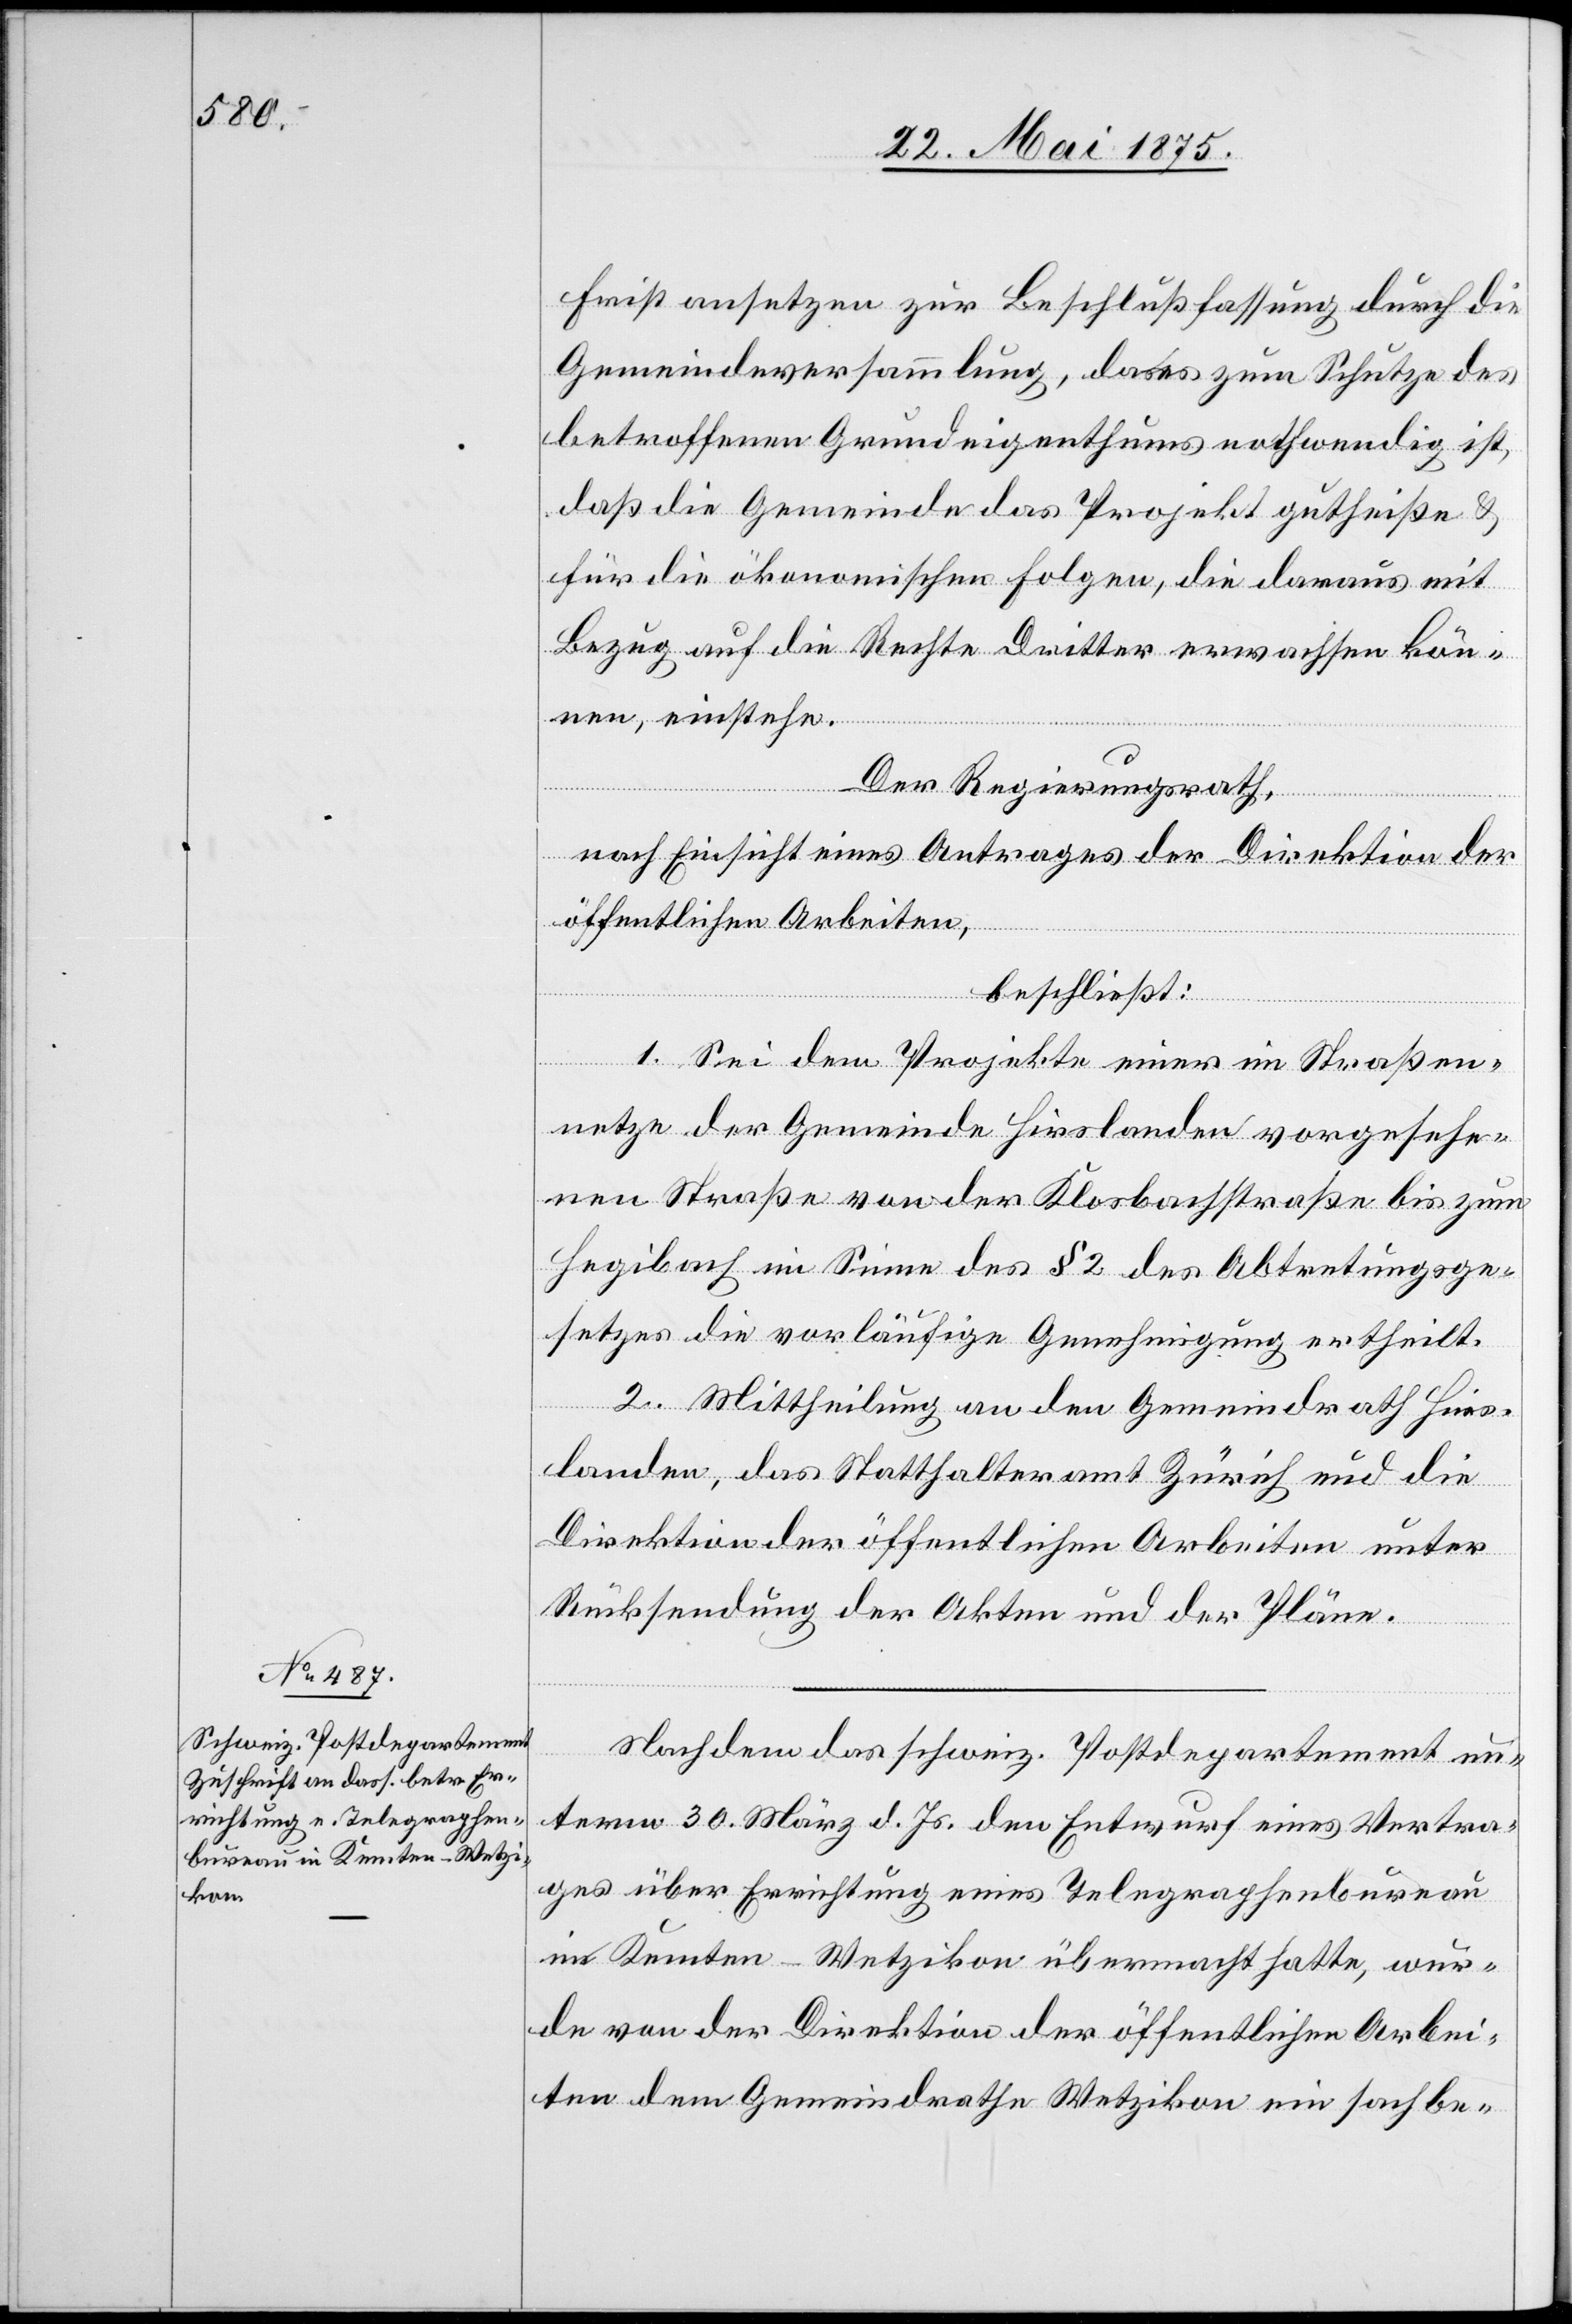
Frist ansetzen zur Beschlußfassung durch die
Gemeindeversammlung, da es zum Schutze des
betroffenen Grundeigenthums nothwendig ist,
daß die Gemeinde das Projekt gutheiße &
für die ökonomischen Folgen, die daraus mit
Bezug auf die Rechte Dritter erwachsen kön¬
nen, einstehe.
Der Regierungsrath,
der
öffentlichen Arbeiten,
beschließt:
nach
1. Sei dem Projekte einer im Straßen¬
netze der Gemeinde Hirslanden vorgesehe¬
nen Straße von der Klosterbachstraße bis zum
Hegibach im Sinne des § 2 des Abtretungsge¬
setzes die vorläufige Genehmigung ertheilt.
2. Mittheilung an den Gemeindrath Hirs¬
landen, das Statthalteramt Zürich und die
Direktion der öffentlichen Arbeiten unter
Rücksendung der Akten und Pläne.
Nachdem das schweiz. Postdepartement un¬
term 30. März d. Js. den Entwurf eines Vertra¬
ges über Errichtung eines Telegraphenbureau
in Kemten - Wetzikon übermacht hatte, wur¬
de von der Direktion der öffentlichen Arbei¬
ten dem Gemeindrathe Wetzikon ein sachbe-